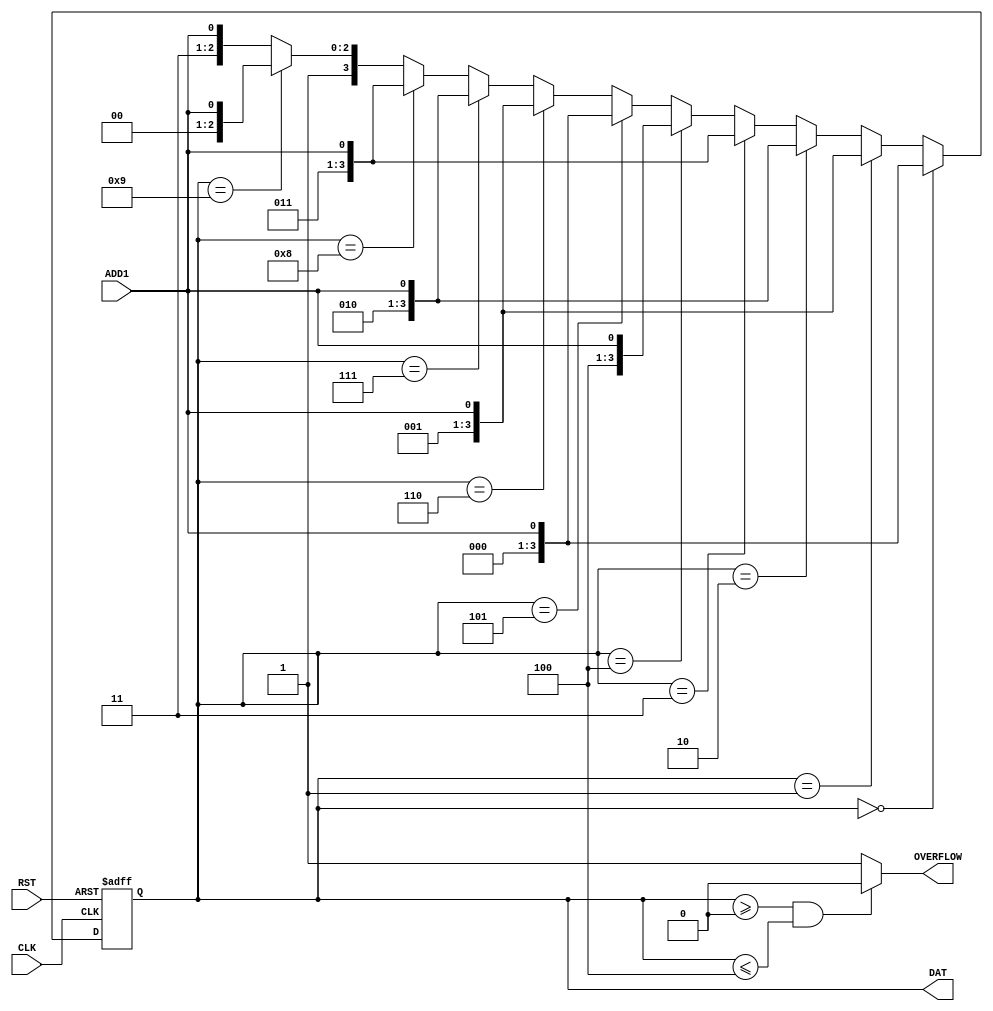
module bcd_shl_1
(	
	input wire CLK,
	input wire RST,
	
	input wire       ADD1,
	output reg [3:0] DAT,
	output wire       OVERFLOW
);		

reg r;

always @(posedge CLK or posedge RST)
if (RST) begin
	DAT <= 0;		
	
end else begin	
	DAT <= 
		(DAT==0) ? {3'd0, ADD1} : // 0-1	   no overflow
		(DAT==1) ? {3'd1, ADD1} : // 2-3	   no overflow
		(DAT==2) ? {3'd2, ADD1} : // 4-5	   no overflow	 
		(DAT==3) ? {3'd3, ADD1} : // 6-7	   no overflow		 
		(DAT==4) ? {3'd4, ADD1} : // 8-9	   no overflow
		(DAT==5) ? {3'd0, ADD1} : // 0-1 
		(DAT==6) ? {3'd1, ADD1} : // 2-3	
		(DAT==7) ? {3'd2, ADD1} : // 4-5	
		(DAT==8) ? {3'd3, ADD1} : // 6-7	
		(DAT==9) ? {3'd4, ADD1} : // 8-9	
		{3'd7, ADD1};	 // when error
	
end	

assign OVERFLOW = ((DAT>=0) && (DAT<=4)) ? 1'b0 : 1'b1;
endmodule